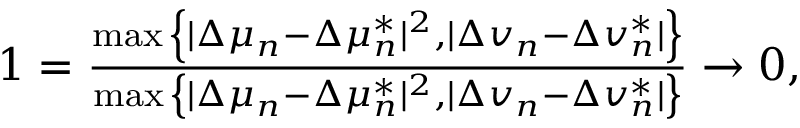
\begin{array} { r } { 1 = \frac { \operatorname* { m a x } { \left\{ | \Delta \mu _ { n } - \Delta \mu _ { n } ^ { * } | ^ { 2 } , | \Delta v _ { n } - \Delta v _ { n } ^ { * } | \right\} } } { \operatorname* { m a x } { \left\{ | \Delta \mu _ { n } - \Delta \mu _ { n } ^ { * } | ^ { 2 } , | \Delta v _ { n } - \Delta v _ { n } ^ { * } | \right\} } } \to 0 , } \end{array}